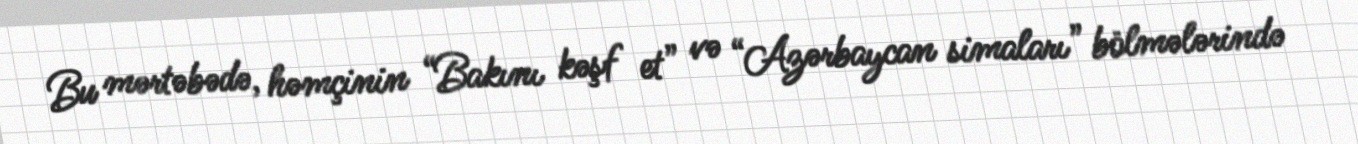
Bu mərtəbədə, həmçinin “Bakını kəşf et” və “Azərbaycan simaları” bölmələrində